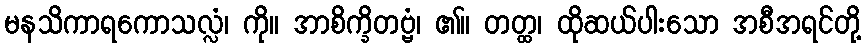
မနသိကာရကောသလ္လံ၊ ကို။ အာစိက္ခိတဗ္ဗံ၊ ၏။ တတ္ထ၊ ထိုဆယ်ပါးသော အစီအရင်တို့